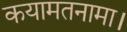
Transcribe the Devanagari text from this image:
कयामतनामा।